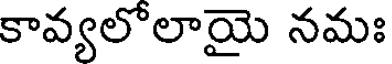
కావ్యలోలాయై నమః